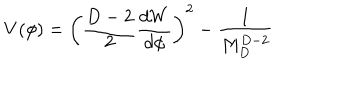
LaTeX: V ( \phi ) = \left( { \frac { D - 2 } { 2 } } { \frac { d W } { d \phi } } \right) ^ { 2 } - { \frac { 1 } { M _ { D } ^ { D - 2 } } }